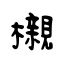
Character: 櫬